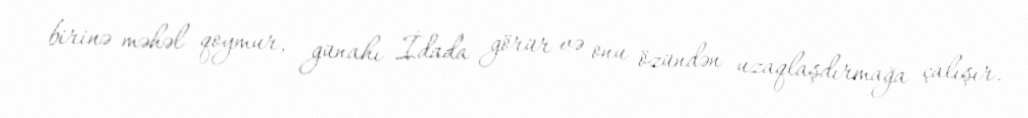
birinə məhəl qoymur, günahı İdada görür və onu özündən uzaqlaşdırmağa çalışır.